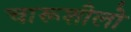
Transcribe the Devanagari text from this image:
चारूशीलो